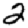
Digit: 2